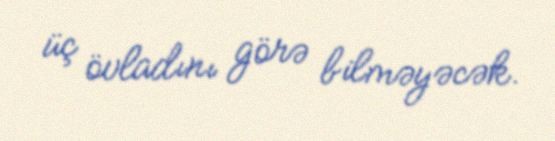
üç övladını görə bilməyəcək.